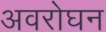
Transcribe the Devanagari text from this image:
अवरोघन